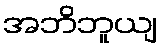
အဘိဘူယျ